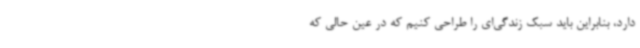
دارد، بنابراین باید سبک زندگی‌ای را طراحی کنیم که در عین حالی که